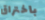
باختراق